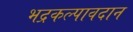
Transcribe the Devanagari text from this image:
भद्रकल्पावदान